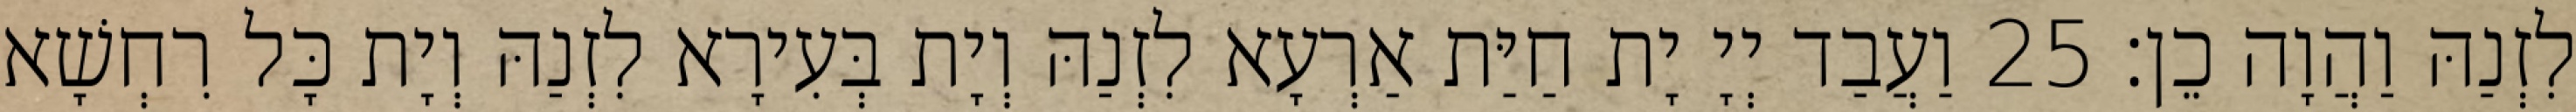
לִזְנַהּ וַהֲוָה כֵן׃ 25 וַעֲבַד יְיָ יָת חַיַּת אַרְעָא לִזְנַהּ וְיָת בְּעִירָא לִזְנַהּ וְיָת כָּל רִחְשָׁא